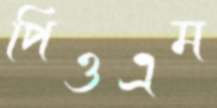
পিওএম